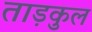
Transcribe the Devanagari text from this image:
ताड़कुल